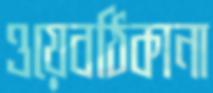
ওয়েবঠিকানা